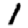
Digit: 1